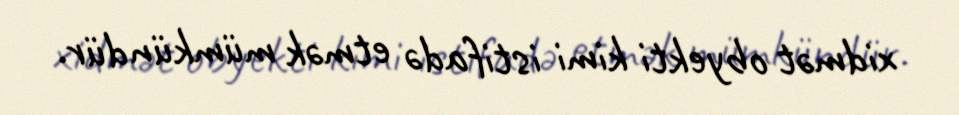
xidmət obyekti kimi istifadə etmək mümkündür.